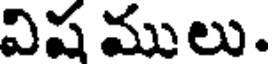
విష ములు.